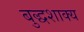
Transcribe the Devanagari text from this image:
बुद्धशाक्य